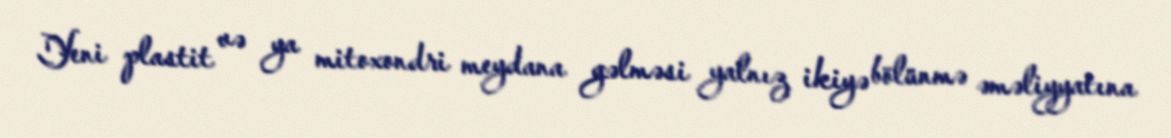
Yeni plastit və ya mitoxondri meydana gəlməsi yalnız ikiyə bölünmə əməliyyatına